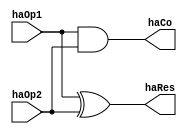
module halfAdder(
    input haOp1,    //halfAdderOp1
    input haOp2,
    output haRes,   // halfAdderResult
    output haCo     // halfAdderCarryOut
);

assign haRes = haOp1 ^ haOp2;
assign haCo = haOp1 & haOp2;

endmodule